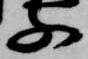
子